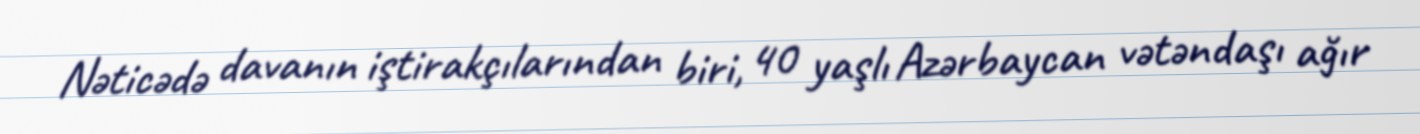
Nəticədə davanın iştirakçılarından biri, 40 yaşlı Azərbaycan vətəndaşı ağır